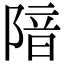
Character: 隌